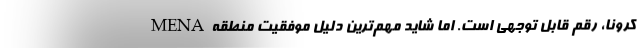
کرونا، رقم قابل توجهی است. اما شاید مهم‌ترین دلیل موفقیت منطقهMENA